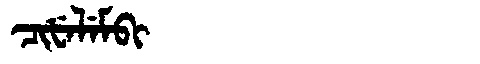
Manchu: ᠴᡳᡶᡝᠯᡝᠮᠪᡳ
Romanization: CIFELEMBI